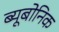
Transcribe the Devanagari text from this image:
ब्यूबोनिक